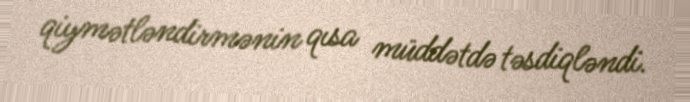
qiymətləndirmənin qısa müddətdə təsdiqləndi.